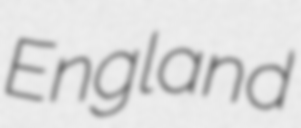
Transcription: England